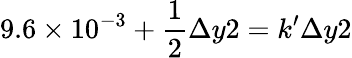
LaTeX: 9.6\times 10^{-3}+\frac{1}{2}\Delta y2=k^{\prime}\Delta y2